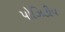
પોઝિટીવ